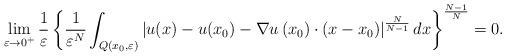
LaTeX: \begin{align*}\lim_{\varepsilon\rightarrow0^{+}}\frac{1}{\varepsilon}\left\{ \frac{1}{\mathcal{\varepsilon}^{N}}\int_{Q\left( x_{0},\varepsilon\right)}\left\vert u(x)-u(x_{0})-\nabla u\left( x_{0}\right) \cdot(x-x_{0})\right\vert ^{\frac{N}{N-1}}dx\right\} ^{\frac{N-1}{N}}=0.\end{align*}